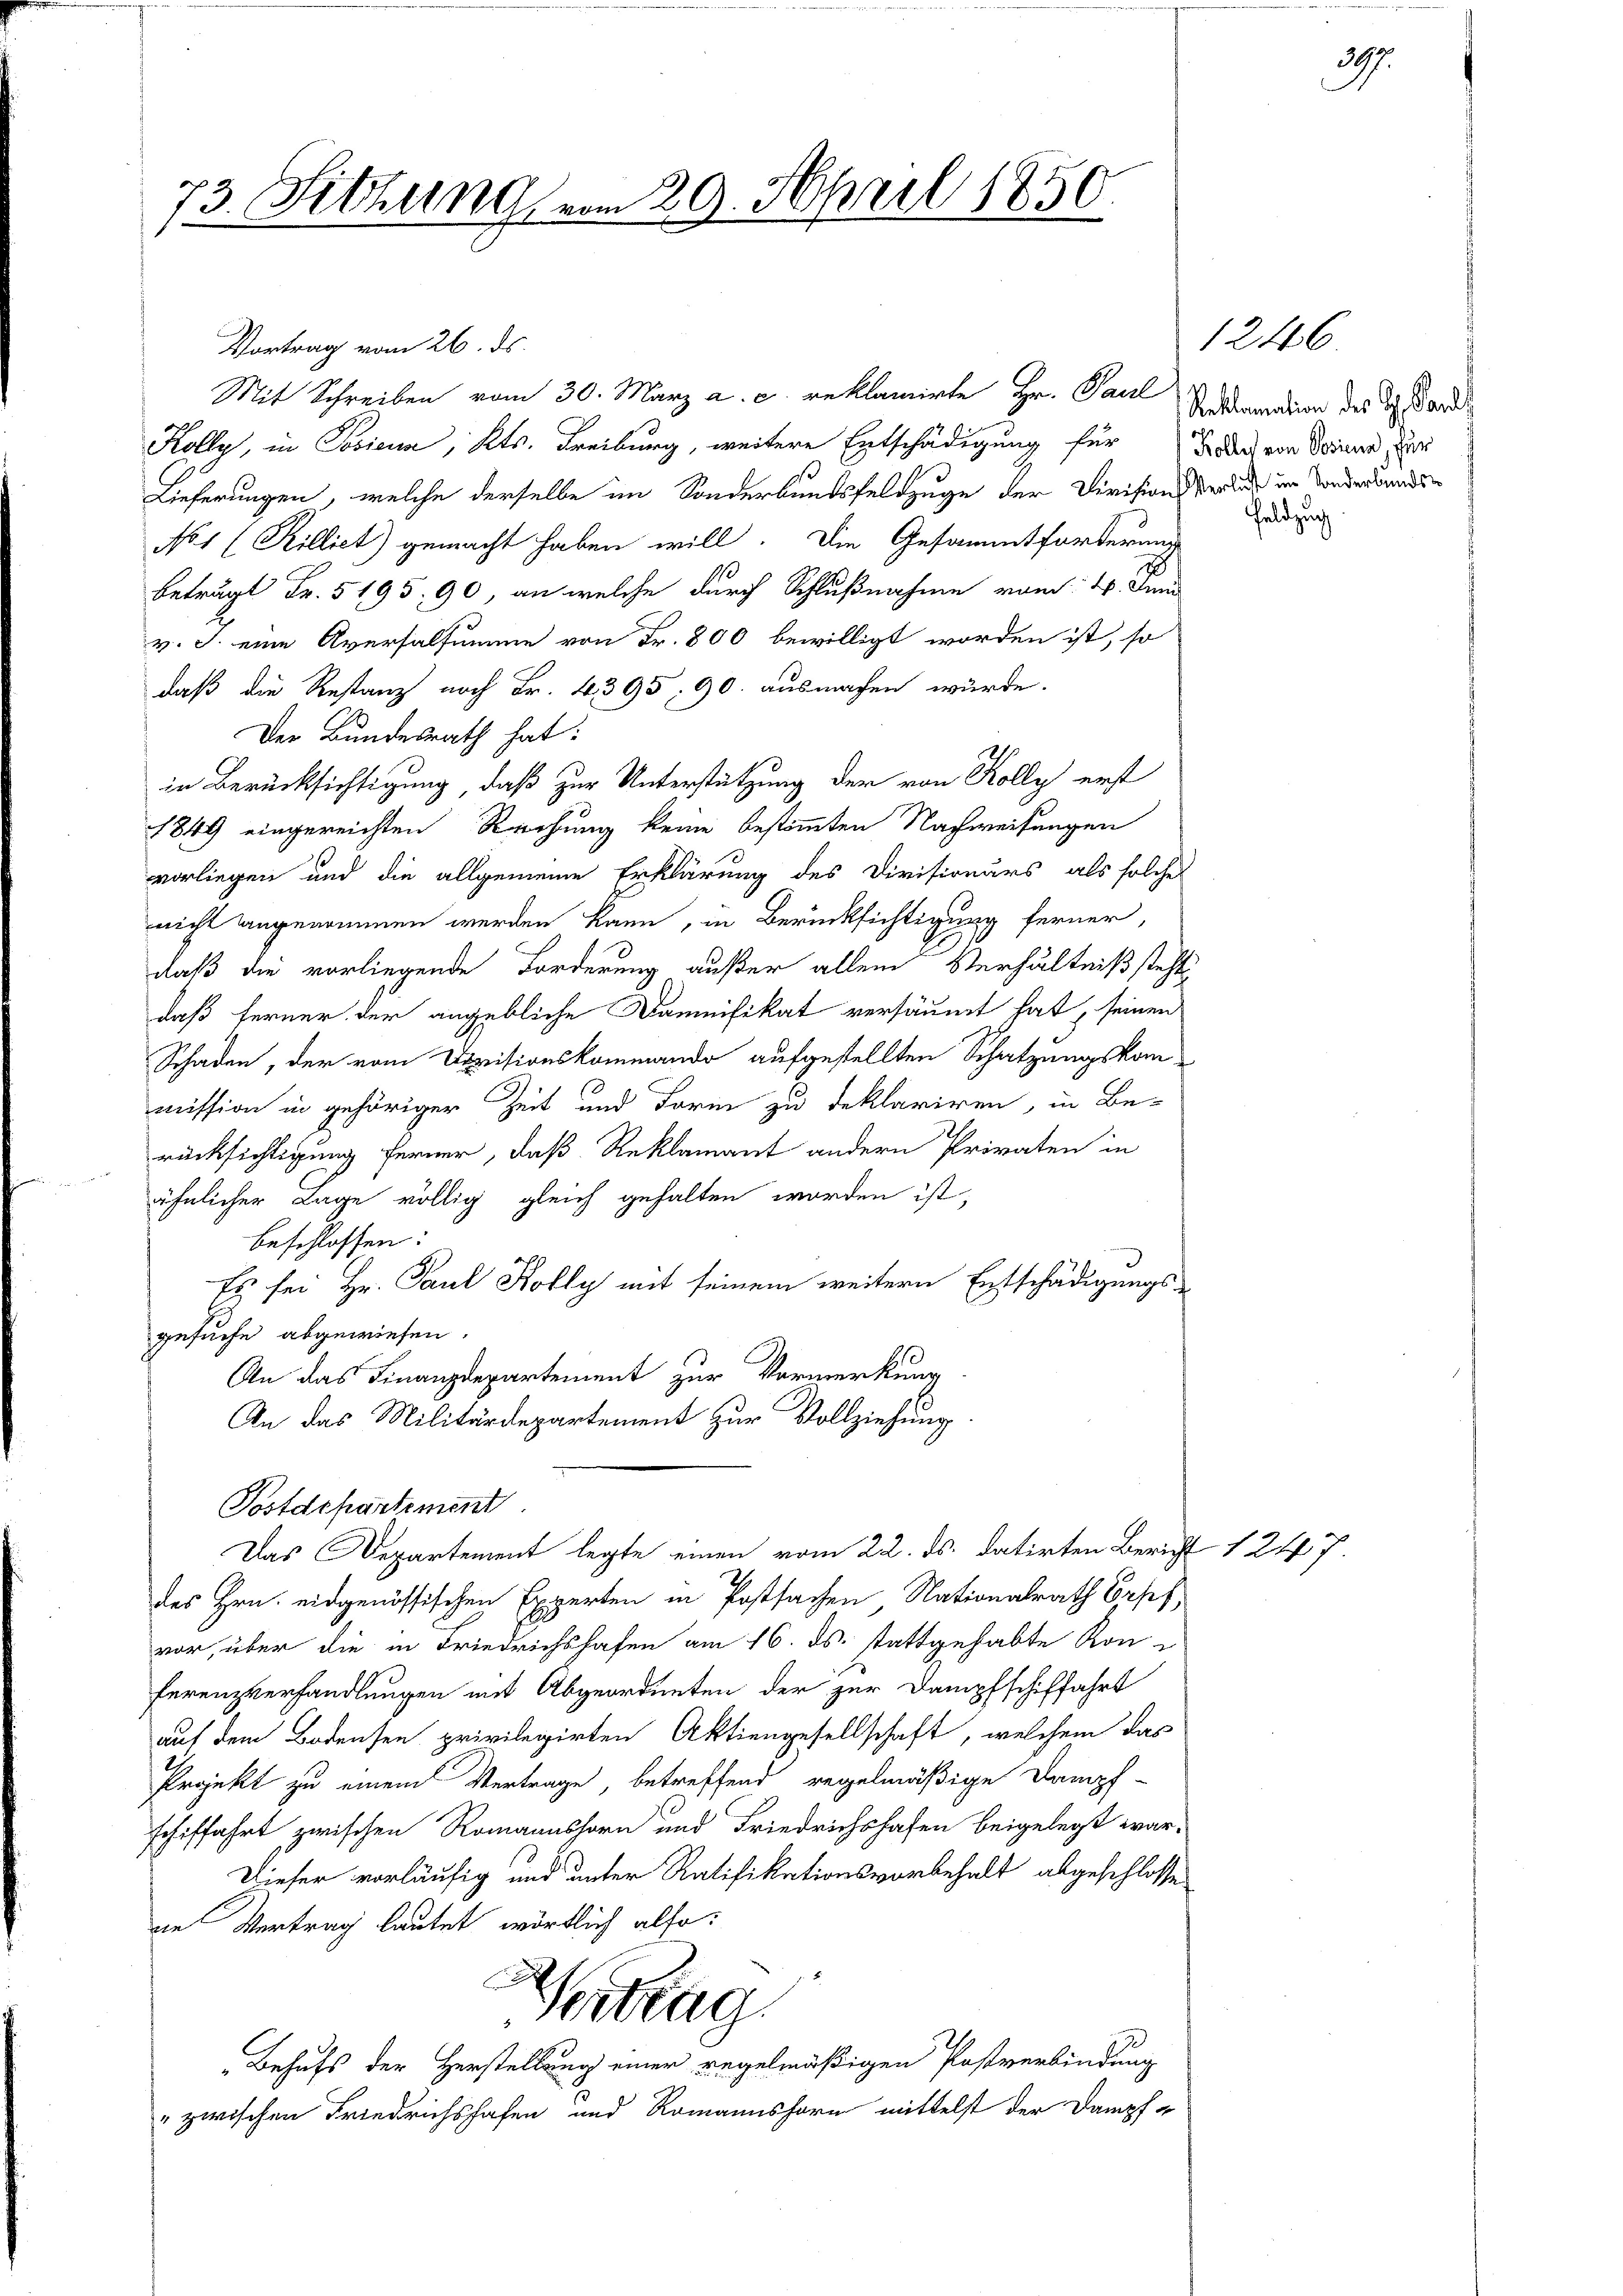
73. Sitzung vom 20. April 1850.

Vortrag vom 26. ds.
Mit Schreiben vom 30. März a. c. reklamirte Hr. Paul Sodandin der Dr Band
Kolly, in Posicia, Kts. Freiburg, weitere Entschädigung für
Lieferungen, welche derselbe im Sonderbundsfeldzuge der Divisionskreide im Sonderbands¬
No 1 (Killict) gemacht haben will. Die Gesammtforderung
beträgt Fr. 5195, 90, an welche durch Schlußnahme vom 4. Juni
v. J. eine Aversalsumme von Fr. 800 bewilligt worden ist, so
daß die Restanz noch Fr. 4395. 90. ausmachen würde.
Der Bundesrath hat:
in Berücksichtigung, daß zur Unterstützung der von Kolly erst
1849 eingereichten Rechung keine bestimmten Nachweisungen
vorliegen und die allgemeine Erklärung des Divisionärs als solche
nicht angenommen werden kann, in Berücksichtigung ferner,
daß die vorliegende Forderung außer allem Verhältniß steht
daß ferner der angebliche Domnifikat versäumt hat, seinen
Schaden, der vom Devisionskommando aufgestellten Schatzungskommission in gehöriger Zeit und Form zu deklariren, in Be-
rücksichtigung ferner, daß Reklamant andern Privaten in
ähnlicher Lage völlig gleich gehalten worden ist,
beschlossen:
Es sei Hr. Paul Kolly mit seinem weitern Entschädigungs-
gesuche abgewiesen.
An das Finanzdepartement zur Vormerkung
An das Militärdepartement zur Vollziehung
Postdepartement
Das Departement legte einen vom 22. ds. datirten Bericht 1 247.
des Hrn. eidgenössischen Experten in Postsachen, Nationalrath Orpf,
vor, über die in Friedrichshofen am 16. ds. stattgehabte Konferenzverhandlungen mit Abgeordneten der zur Dampfschiffahrt
auf dem Bodensen privilegirten Aktiengesellschaft, welchem das
Projekt zu einem Vertrage, betreffend regelmäßige Dampf-
schiffahrt zwischen Romannshorn und Friedrichshofen beigelegt war.
Dieser vorläufig und unter Ratifikationsvorbehalt abgeschlosse
ne Vertrag lautet wörtlich also:

Vertrag
Behufs der Herstellung einer regelmäßigen Postverbindung
"zwischen Friedrichshofen und Romannshorn mittelst der Dampf-

Kolle von Rosina, für

1246.

Feldzug

397.